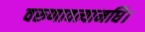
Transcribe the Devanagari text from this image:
वरुणावत्यामधि।